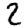
Digit: 2